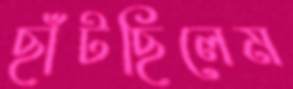
ছাঁটছিলেম